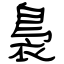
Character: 裊